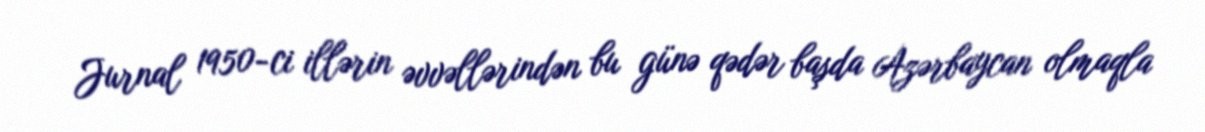
Jurnal 1950-ci illərin əvvəllərindən bu günə qədər başda Azərbaycan olmaqla